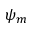
\psi _ { m }